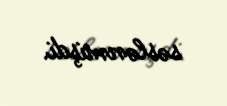
səslənmişdi.